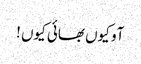
آو کیوں بھائی کیوں !